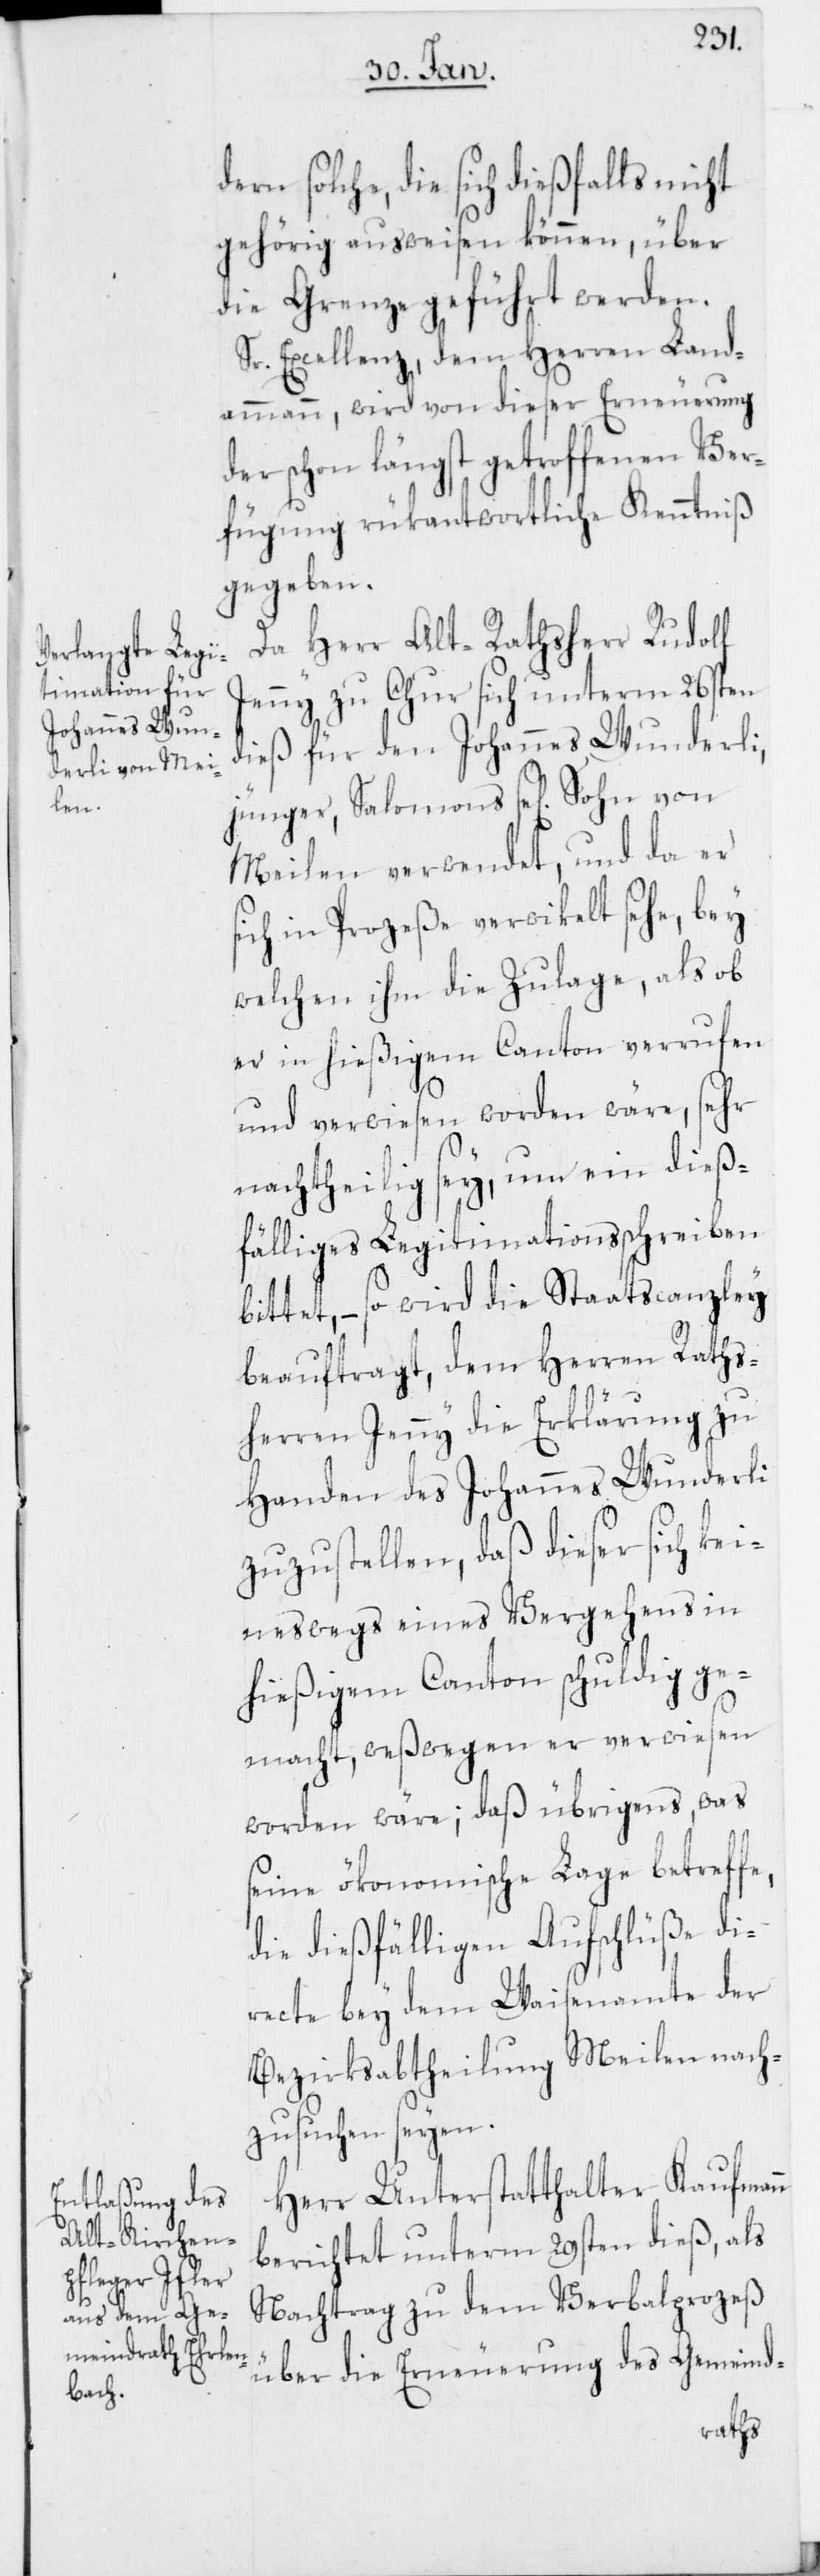
dern solche, die sich dießfalls nicht
gehörig ausweisen können, über
die Grenze geführt werden.
Sr. Excellenz, dem Herren Land¬
ammann, wird von dieser Erneuerung
der schon längst getroffenen Ver¬
fügung rükantwortlich Kenntniß
gegeben.
Da Herr Alt-Rathsherr Rudolf
Jenny zu Chur sich unterm 26sten
dieß für den Johannes Wunderli
jünger, Salomons se[lig] Sohn von
Meilen verwendet, und da er
sich in Prozeße verwikelt sehe, bey
welchen ihm die Zulage, als ob
er in hießigem Canton verrufen
und verwiesen worden wäre, sehr
nachtheilig sey, um ein dieß¬
fälliges Legitimationsschreiben
bittet, – so wird die Staatscanzley
beauftragt, dem Herren Rats¬
herren Jenny die Erklärung zu
Handen des Johannes Wunderli
zuzustellen, daß dieser sich kei¬
neswegs eines Vergehens in
hießigem Canton schuldig ge¬
macht, weßwegen er verwiesen
worden wäre; daß übrigens, was
seine ökonomische Lage betreffe,
die dießfälligen Aufschlüße di¬
recte bey dem Waisenamte der
Bezirksabtheilung Meilen nach¬
zusuchen seyen.
Herr Unterstatthalter Kaufmann
berichtet unterm 29sten dieß, als
Nachtrag zu dem Verbalprozeß
über die Erneuerung des Gemeind-